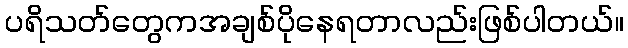
ပရိသတ်တွေကအချစ်ပိုနေရတာလည်းဖြစ်ပါတယ်။